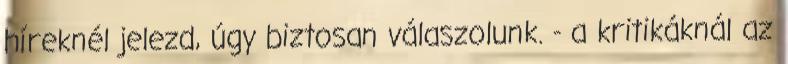
híreknél jelezd, úgy biztosan válaszolunk. - a kritikáknál az